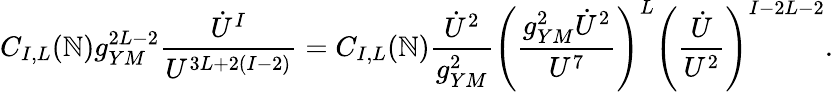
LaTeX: C_{I,L}(\mathbb{N})g_{YM}^{2L-2}{\frac{{\dot{{U}}^{I}}}{{U^{3L+2(I-2)}}}}=C_{I,L}(\mathbb{N}){\frac{{\dot{{U}}^{2}}}{{g_{YM}^{2}}}}\left({\frac{{g_{YM}^{2}\dot{{U}}^{2}}}{{U^{7}}}}\right)^{L}\left({\frac{{\dot{{U}}}}{{U^{2}}}}\right)^{I-2L-2}.